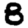
Digit: 8